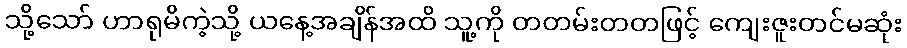
သို့သော် ဟာရုမိကဲ့သို့ ယနေ့အချိန်အထိ သူ့ကို တတမ်းတတဖြင့် ကျေးဇူးတင်မဆုံး